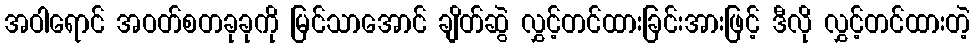
အဝါရောင် အဝတ်စတခုခုကို မြင်သာအောင် ချိတ်ဆွဲ လွှင့်တင်ထားခြင်းအားဖြင့် ဒီလို လွှင့်တင်ထားတဲ့